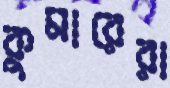
কুমারেরা